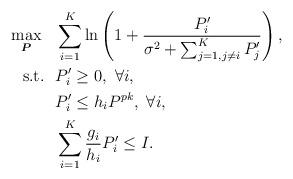
LaTeX: \begin{align*}\max_{\boldsymbol{P}}~~ &\sum_{i=1}^K \ln\left(1+\frac{P_i^\prime}{\sigma^2+\sum_{j=1,j\neq i}^K P_j^\prime}\right),\\\mbox{s.t.}~~ &P_i^\prime\ge 0, ~\forall i,\\&P_i^\prime\le h_iP^{pk},~\forall i,\\&\sum_{i=1}^K \frac{g_i}{h_i}P_i^\prime \le I.\end{align*}